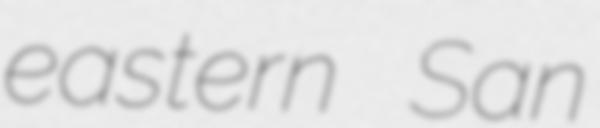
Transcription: eastern San